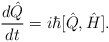
\begin{align*} \frac{d\hat Q}{dt} = i\hbar[\hat Q,\hat H].\end{align*}